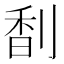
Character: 𠝲